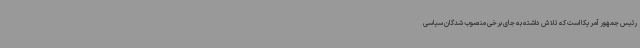
رئیس جمهور آمریکا است که تلاش داشته به جای برخی منصوب شدگان سیاسی